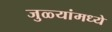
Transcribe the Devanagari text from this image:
जुळ्यांमध्ये